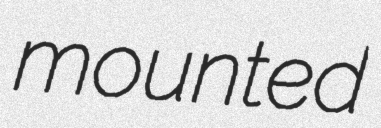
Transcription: mounted